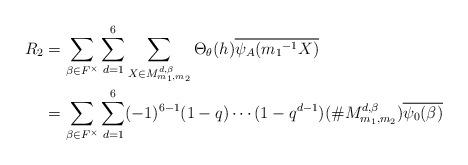
LaTeX: \begin{align*} R_2 &=\sum_{\beta \in F^{\times}}\sum_{d=1}^{6}\sum_{X \in M_{m_{1},m_{2}}^{ d,\beta}}\Theta_{\theta}(h)\overline{\psi_A({m_1}^{-1}X)}\\ &=\sum_{\beta \in F^{\times}} \sum_{d=1}^{6}(-1)^{6-1}(1-q) \cdots (1-q^{d-1})(\# M_{m_{1},m_{2}}^{ d,\beta})\overline{\psi_0(\beta)} \end{align*}